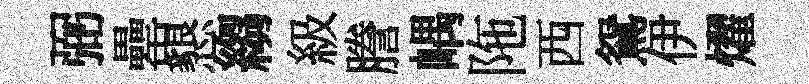
弼罍懇縐級謄嵎陁西鴛伊燿